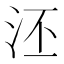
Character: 𣳎